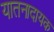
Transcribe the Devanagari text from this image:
यातनादायक